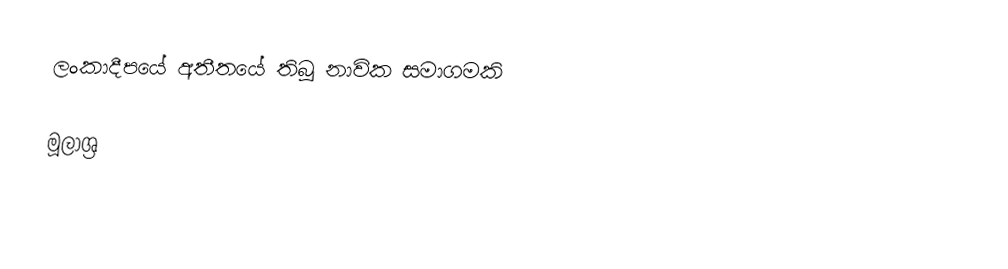
ලංකාදීපයේ අතීතයේ තිබූ නාවික සමාගමකි

මූලාශ්‍ර